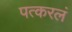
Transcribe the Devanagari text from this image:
पत्करलं